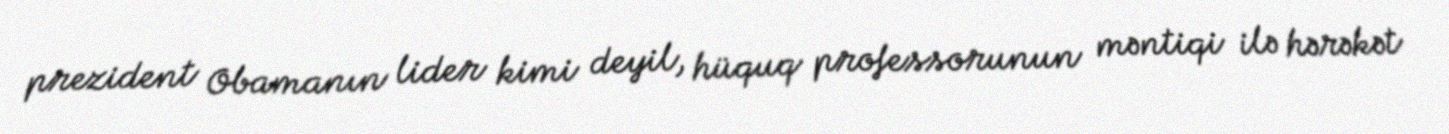
prezident Obamanın lider kimi deyil, hüquq professorunun məntiqi ilə hərəkət